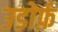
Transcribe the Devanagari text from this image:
उडोर्फ़